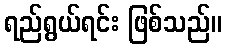
ရည်ရွယ်ရင်း ဖြစ်သည်။